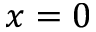
x = 0